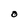
Character: O